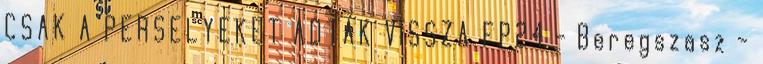
CSAK A PERSELYEKET ADTÁK VISSZA FP24 - Beregszasz -